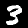
Digit: 3